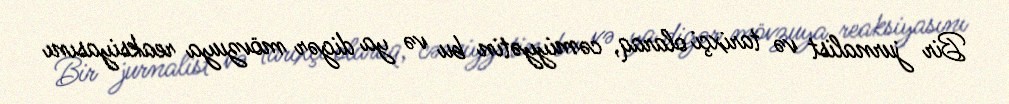
Bir jurnalist və tarixçi olaraq, cəmiyyətin bu və ya digər mövzuya reaksiyasını